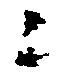
ニ